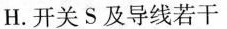
H.开关S及导线若干